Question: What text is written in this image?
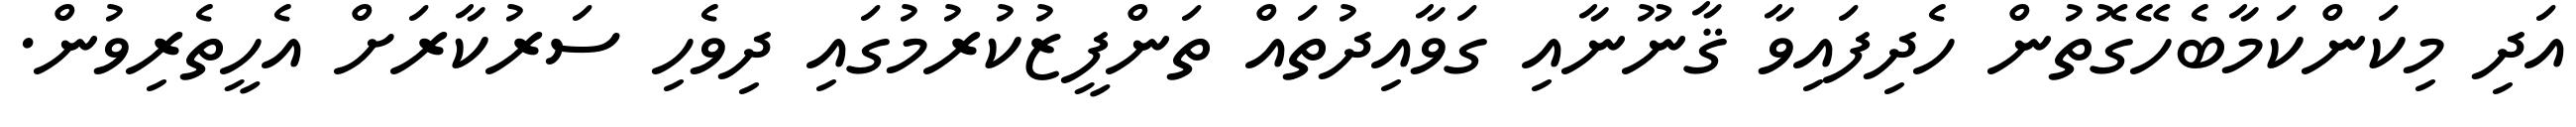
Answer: އަދި މިކަންކަމާބެހޭގޮތުން ހެދިފައިވާ ޤާނޫނާއި ގަވާއިދުތައް ތަންފީޒުކުރުމުގައި ދިވެހި ސަރުކާރަށް އެހީތެރިވުން.